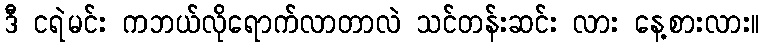
ဒီ ငရဲမင်း ကဘယ်လိုရောက်လာတာလဲ သင်တန်းဆင်း လား နေ့စားလား။